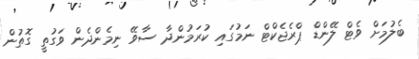
ބެލުމަށް ވެޓް ލޭންޑް ޕްރެޖެކްޓް ނަމުގައި ކުރަމުންދާ ސާވޭ ނިމެންދެން ވަގުތީ ގޮތުން